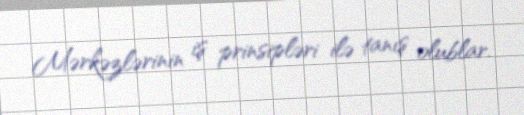
Mərkəzlərinin iş prinsipləri ilə tanış olublar.